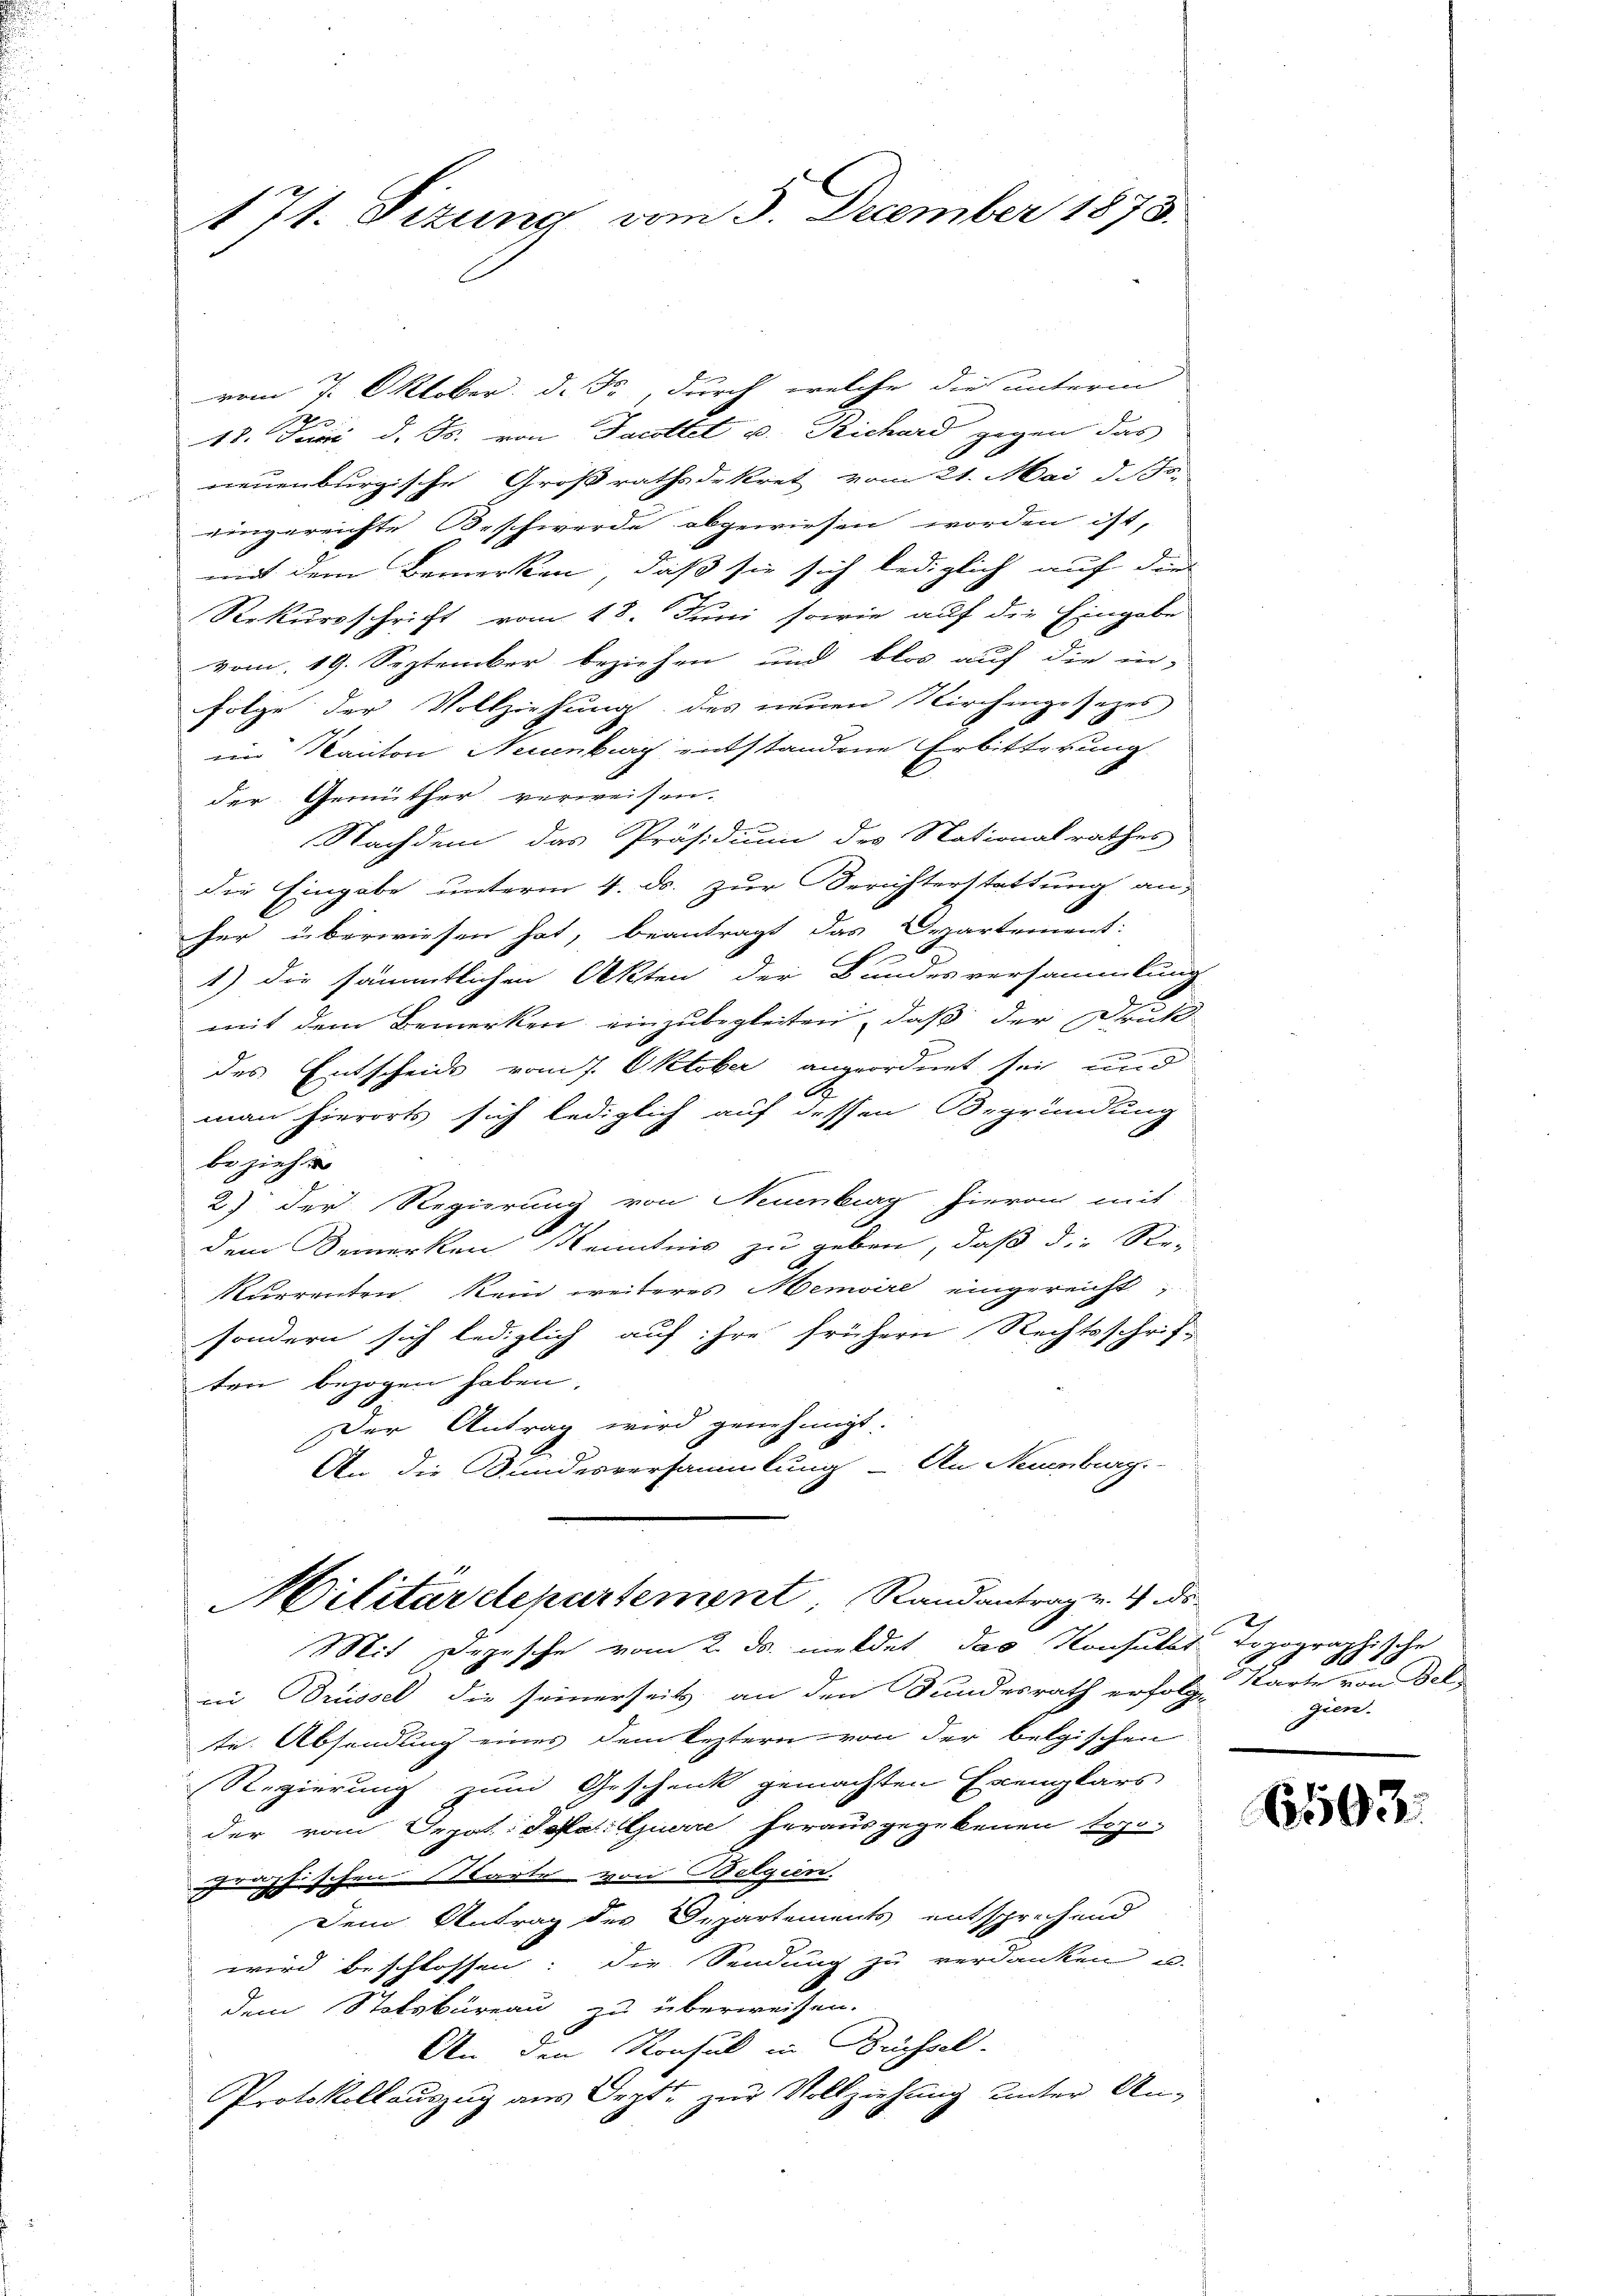
171. Sizung vom 5. December 1873.

vom 7. Oktober. d. J., durch welche die unterm
Sec
18. Juni d. Js. von Jacottet u. Richard gegen das
neuenburgische Großrathsdekret vom 21. Mai d. Js.
eingereichte Beschwerde abgewiesen worden ist,
mit dem Bemerken, daß sie sich lediglich auf dies
Rekursschrift vom 18. Juni sowie auf die Eingabe
vom 19. September beziehen und blos auf die in-
Folge der Vollziehung des neuen Kirchengesezes
eim Kanton Neuenburg entstandene Erbitterung
der Gemüther verweisen.
Nachdem das Präsidium des Nationalrathes
die Eingabe unterm 4. ds. zur Berichterstattung an
her überwiesen hat, beantragt das Departement:
1) die sämmtlichen Akten der Bundesversammlung
mit dem Bemerken einzubegleiten, daß der Druk
des Entscheids vom 7. Oktober angeordnet sei, und
A
man hierorts sich lediglich auf dessen Begründung
beziehe
2) Der Regierung von Neuenburg hieran mit
dem Bemerken Kenntnis zu geben, daß die Stei
Kurrenten, kein weiteres Memoire eingereicht,
sondern sich lediglich auf ihre frühern Rechtsschrif-
ten bezogen haben.
Der Antrag wird genehmigt.
An die Bundesversammlung - An Neuenburg.

Militärdepartement, Randantragen. 4 di

Mit Depesche vom 2. ds. meldet das Konsulst dopographische
on Brüssel die seinerseits, an den Landesrath erfolg-
te. Absendung eines dem leztern von der belgischen
Regierung zum Geschenk gemachten Exemplars
der vom Prpot.: Sofer: Querre herausgegebenen topo-
raphischen starte von Belgin.
n
.
Dem Antrag des Departements entsprechend
wird beschlossen: die Sendung zu verdanken u.
f
dem Stotsbüreau zu überweisen.
An den Konsul in Brüssel.
Protokollauszug aus Orte zur Vollziehung unter An¬

2.
49
Karte von Bel
gien.

65503